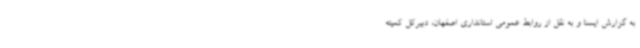
به گزارش ایسنا و به نقل از روابط عمومی استانداری اصفهان، دبیرکل کمیته